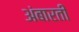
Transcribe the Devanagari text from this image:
अंबारती